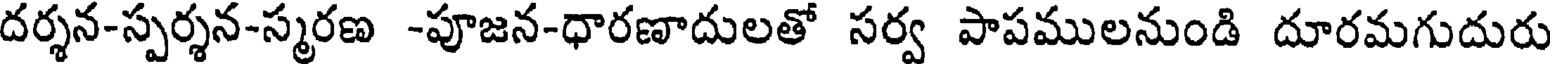
దర్శన-స్పర్శన-స్మరణ -పూజన-ధారణాదులతో సర్వ పాపములనుండి దూరమగుదురు